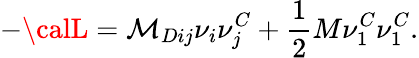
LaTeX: -{\calL}=\mathcal{M}_{Dij}\nu_{i}\nu_{j}^{C}+\frac{{1}}{{2}}M\nu_{1}^{C}\nu_{1}^{C}.